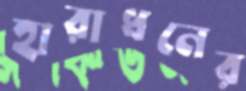
হারাধনের